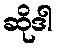
ဆိုဒါ